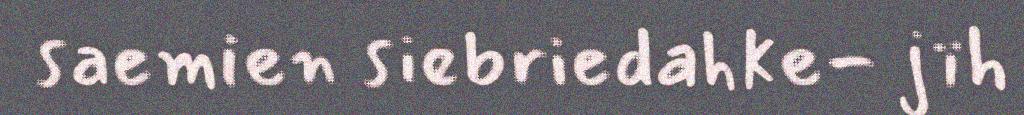
saemien siebriedahke- jïh